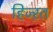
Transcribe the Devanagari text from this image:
हिज्ऱत